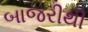
બાજરીથી